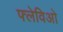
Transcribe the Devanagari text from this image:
फ्लेविओ